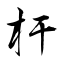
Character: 杆